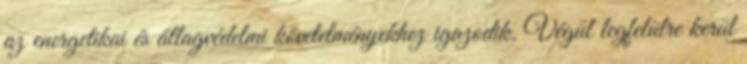
az energetikai és állagvédelmi követelményekhez igazodik. Végül legfelülre kerül